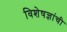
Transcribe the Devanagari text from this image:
विशेषज्ञांची